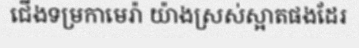
ជើងទម្រកាមេរ៉ា យ៉ាងស្រស់ស្អាតផងដែរ